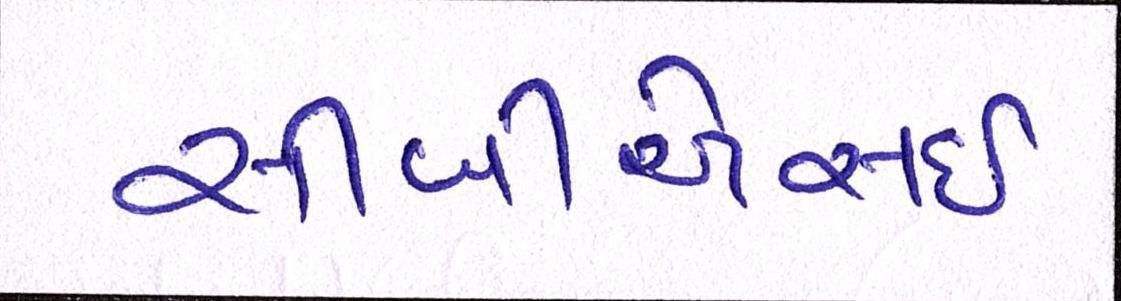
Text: સીબીએસઇ